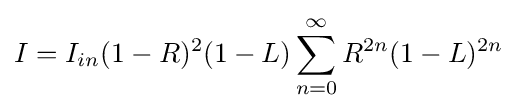
I=I_{in}(1-R)^{2}(1-L)\sum _{n=0}^{\infty }R^{2n}(1-L)^{2n}